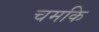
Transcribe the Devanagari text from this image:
चमकि